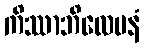
ကိဿာဘိလေပနံ